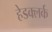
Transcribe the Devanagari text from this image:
हेडक्लर्क